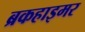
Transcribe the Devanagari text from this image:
ब्रकहाइमर